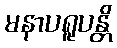
မနာပရူပန္တိ